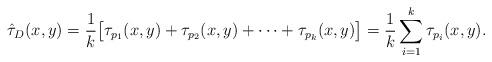
LaTeX: \begin{align*}\hat\tau_D(x,y)=\frac {1}{k}\big[\tau_{p_1}(x,y)+\tau_{p_2}(x,y)+\cdots+\tau_{p_k}(x,y)\big]=\frac {1}{k}\sum_{i=1}^{k}\tau_{p_i}(x,y).\end{align*}